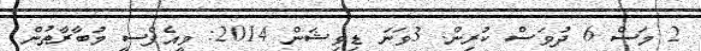
2 މަސް 6 ދުވަސް ކުރިން. 3ވަނަ ޑިވިޝަން 2014: ވީއެފްސީ މުބާރާތުން